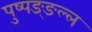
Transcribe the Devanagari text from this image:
पुष्पङ्ङल्ल